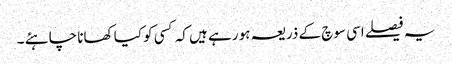
یہ فیصلے اسی سوچ کے ذریعہ ہو رہے ہیں کہ کسی کو کیا کھانا چاہئے ۔